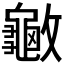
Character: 𰕙